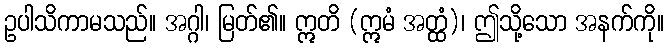
ဥပါသိကာမသည်။ အဂ္ဂါ၊ မြတ်၏။ ဣတိ (ဣမံ အတ္ထံ)၊ ဤသို့သော အနက်ကို။